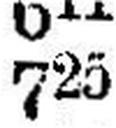
725